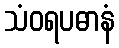
သံဝရပဓာနံ